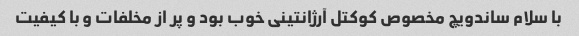
با سلام ساندویچ مخصوص کوکتل آرژانتینی خوب بود و پر از مخلفات و با کیفیت